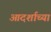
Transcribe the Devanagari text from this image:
आदर्शाच्या